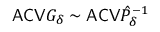
\mathsf { A C V } G _ { \delta } \sim \mathsf { A C V } \hat { P } _ { \delta } ^ { - 1 }